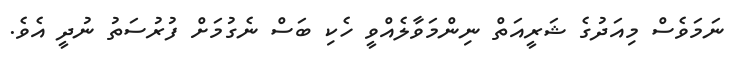
ނަމަވެސް މިއަދުގެ ޝަރީއަތް ނިންމަވާލެއްވީ ހެކި ބަސް ނެގުމަށް ފުރުސަތު ނުދީ އެވެ.